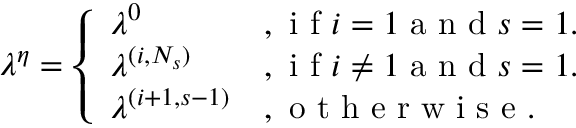
\begin{array} { r } { \boldsymbol { \lambda ^ { \eta } } = \left\{ \begin{array} { l l } { \boldsymbol { \lambda } ^ { 0 } } & { , \mathrm { ~ i ~ f ~ } i = 1 \mathrm { ~ a ~ n ~ d ~ } s = 1 . } \\ { \boldsymbol { \lambda } ^ { ( i , N _ { s } ) } } & { , \mathrm { ~ i ~ f ~ } i \neq 1 \mathrm { ~ a ~ n ~ d ~ } s = 1 . } \\ { \boldsymbol { \lambda } ^ { ( i + 1 , s - 1 ) } } & { , \mathrm { ~ o ~ t ~ h ~ e ~ r ~ w ~ i ~ s ~ e ~ . ~ } } \end{array} \right. } \end{array}